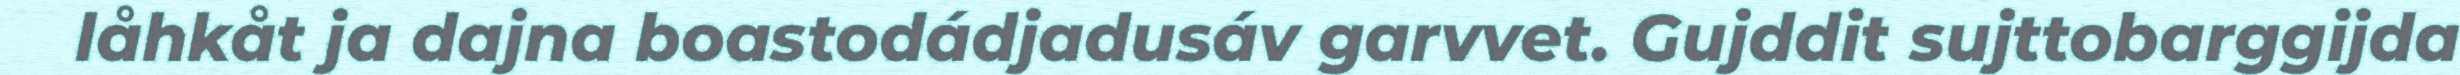
låhkåt ja dajna boastodádjadusáv garvvet. Gujddit sujttobarggijda